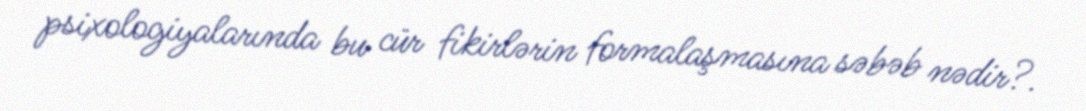
psixologiyalarında bu cür fikirlərin formalaşmasına səbəb nədir?.